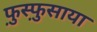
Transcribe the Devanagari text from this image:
फ़ुस्फ़ुसाया